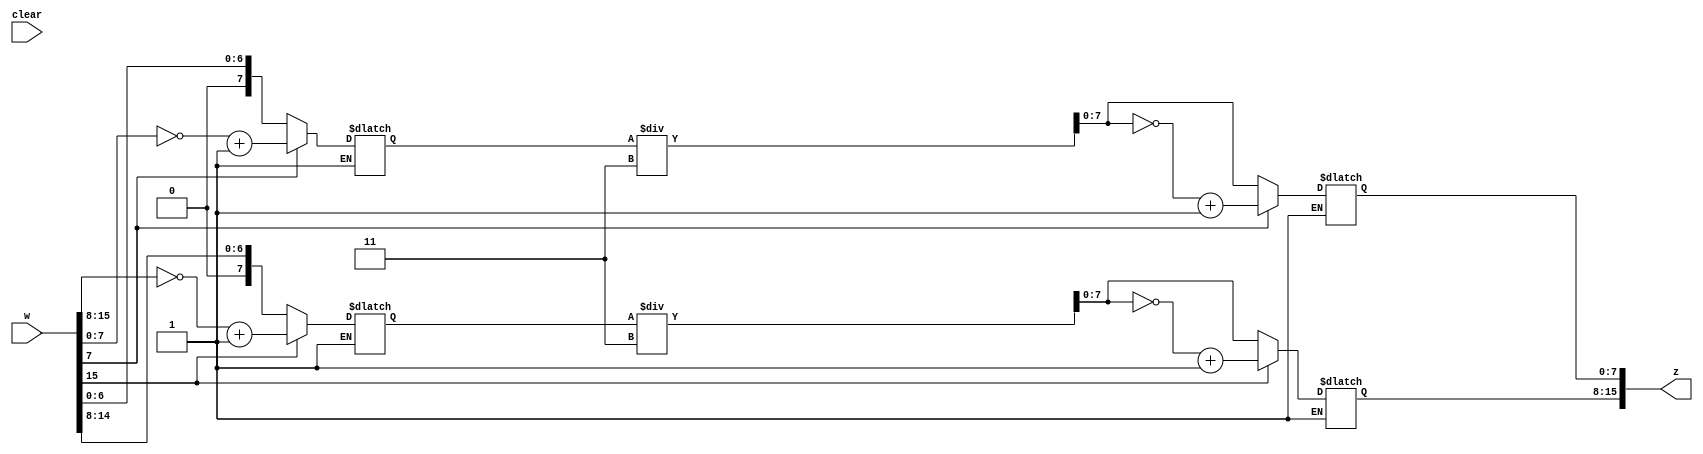
module quantize(w,clear,z);
`define qu 3
parameter n=16;
input [n-1:0] w;
input clear;
output [n-1:0] z;
wire [n/2-1:0] w_r,w_im;
wire [n/2-1:0] z1_r,z1_im;
reg [n/2-1:0] z_r,z_im,w1_r,w1_im;

//booth_top b1(.M(b_r),.Q(a_r),.Z(w_r));
//booth_top b2(.M(b_im),.Q(a_im),.Z(w_im));
assign w_r=w[n-1:n/2];
assign w_im=w[n/2-1:0];

always @(w_im or w_r)
begin
if(w_r[7])
w1_r=~w_r+1;
else if(!w_r[7])
w1_r=w_r;

if(w_im[7])
w1_im=~w_im+1;
else if(!w_im[7]) 
w1_im=w_im;
end

assign z1_r=w1_r/`qu;
assign z1_im=w1_im/`qu;

always @(w_im or w_r or z1_r or z1_im)
begin
if(clear==1)
begin
z_r<=8'bx;
z_im<=8'bx;
end
else
begin
if(w_r[7])
z_r=~z1_r+1;
else if(!w_r[7])
z_r=z1_r;

if(w_im[7])
z_im=~z1_im+1;
else if(!w_im[7])
z_im=z1_im;

end
end
assign z={z_r,z_im};
endmodule